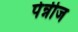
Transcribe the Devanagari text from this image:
पेन्नीज